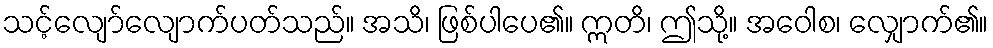
သင့်လျော်လျောက်ပတ်သည်။ အသိ၊ ဖြစ်ပါပေ၏။ ဣတိ၊ ဤသို့။ အဝေါစ၊ လျှောက်၏။